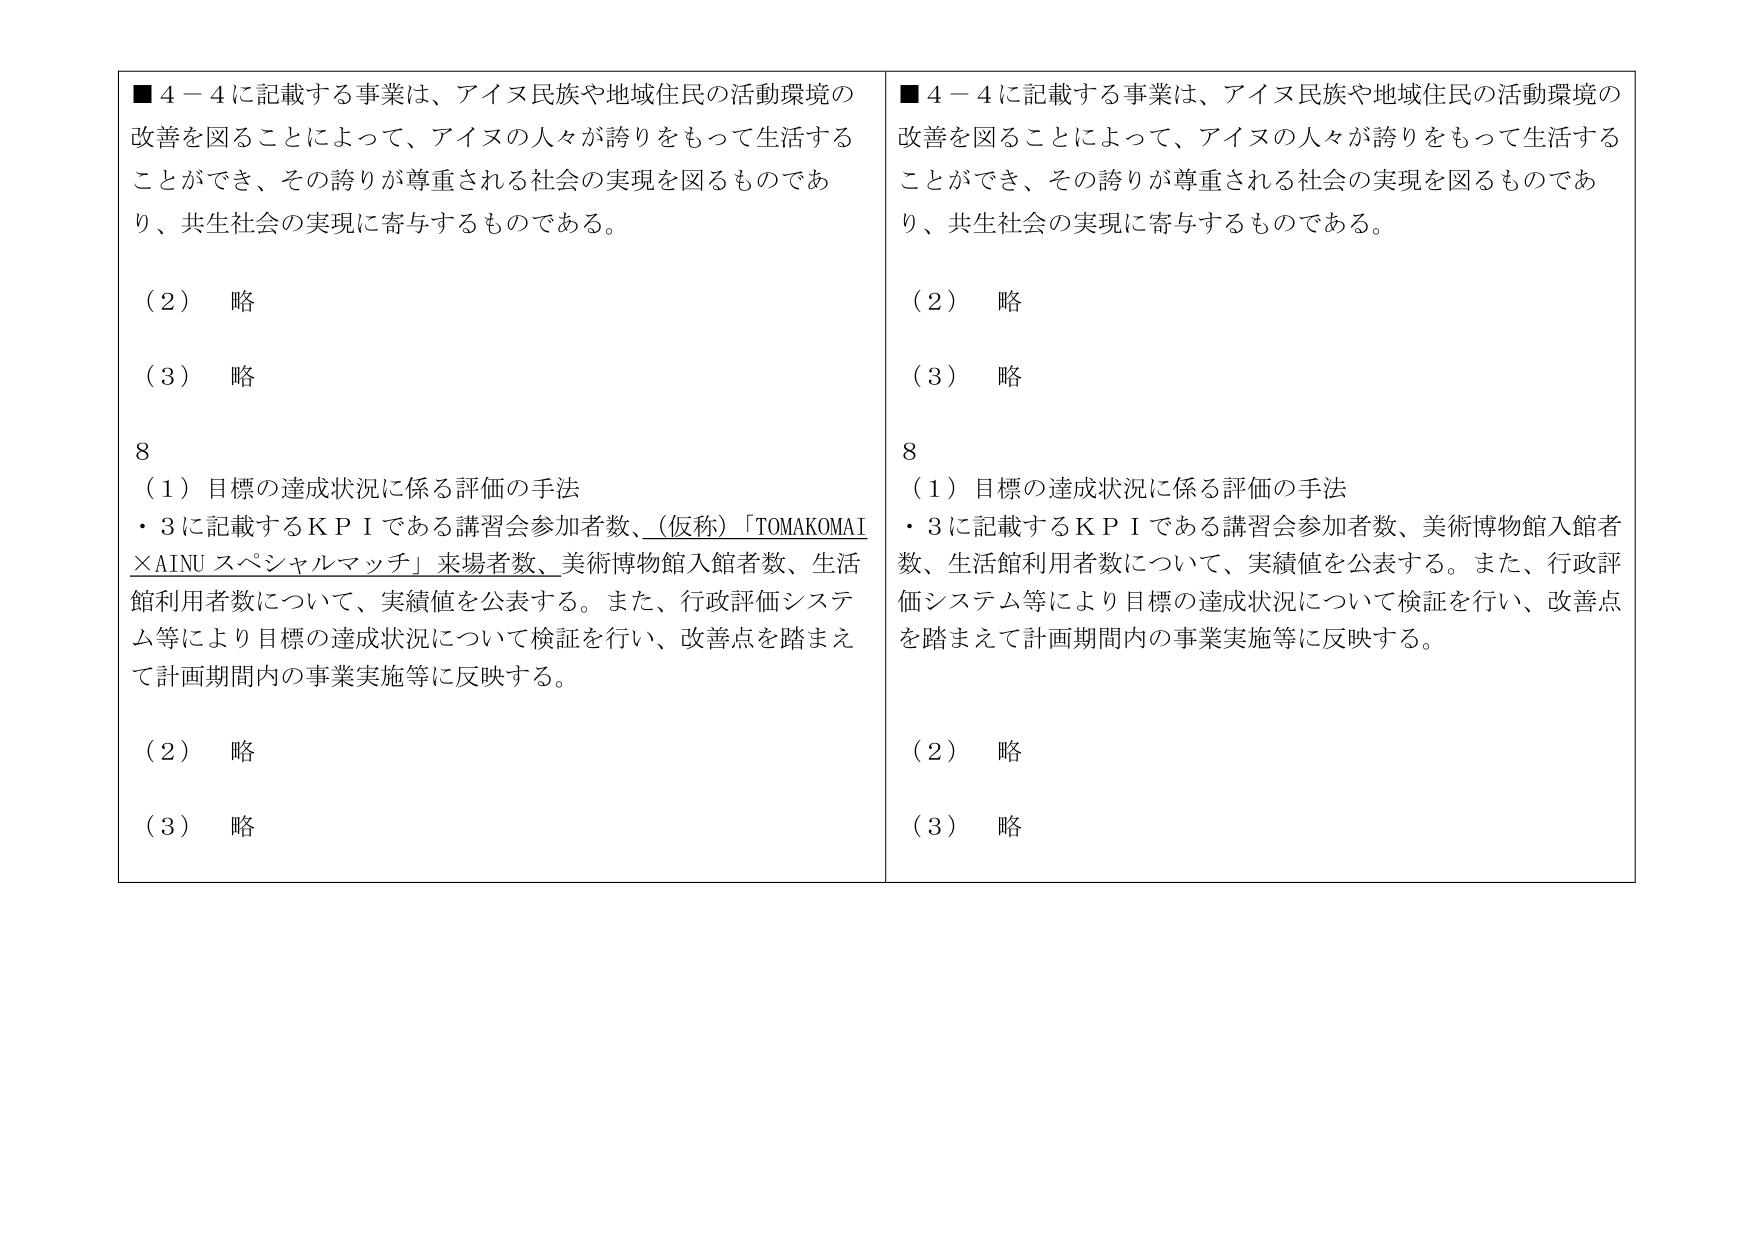
■４－４に記載する事業は、アイヌ民族や地域住民の活動環境の
改善を図ることによって、アイヌの人々が誇りをもって生活する
ことができ、その誇りが尊重される社会の実現を図るものであ
り、共生社会の実現に寄与するものである。

（２）　略

（３）　略

８
（１）目標の達成状況に係る評価の手法
・３に記載するＫＰＩである講習会参加者数、（仮称）「TOMAKOMAI
×AINU スペシャルマッチ」来場者数、美術博物館入館者数、生活
館利用者数について、実績値を公表する。また、行政評価システ
ム等により目標の達成状況について検証を行い、改善点を踏まえ
て計画期間内の事業実施等に反映する。

（２）　略

（３）　略

■４－４に記載する事業は、アイヌ民族や地域住民の活動環境の
改善を図ることによって、アイヌの人々が誇りをもって生活する
ことができ、その誇りが尊重される社会の実現を図るものであ
り、共生社会の実現に寄与するものである。

（２）　略

（３）　略

８
（１）目標の達成状況に係る評価の手法
・３に記載するＫＰＩである講習会参加者数、美術博物館入館者
数、生活館利用者数について、実績値を公表する。また、行政評
価システム等により目標の達成状況について検証を行い、改善点
を踏まえて計画期間内の事業実施等に反映する。

（２）　略

（３）　略